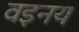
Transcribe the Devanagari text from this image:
वइनय